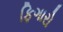
ફિગારો